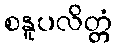
စနူပလိတ္တံ